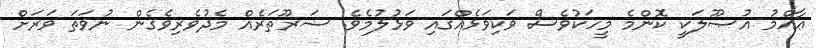
ޢާއްމު އުޞޫލަކީ ކޮންމެ މީހަކުވެސް ވަކިވަޅެއްގައި ވަޅުލުމެވެ. ޟަރޫތަރެއް މެދުވެރިވެގެން ނުވަތަ ވަރަށް